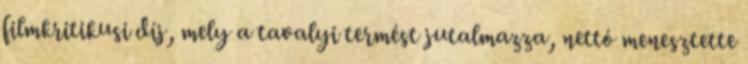
filmkritikusi díj, mely a tavalyi termést jutalmazza, nettó menesztette